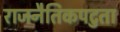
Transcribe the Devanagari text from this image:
राजनैतिकपटुता